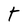
Character: T